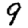
Digit: 9